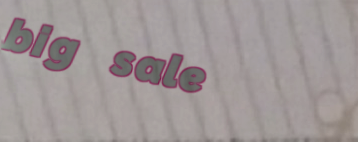
big sale